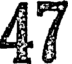
47